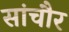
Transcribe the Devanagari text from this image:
सांचौर